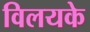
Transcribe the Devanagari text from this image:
विलयके